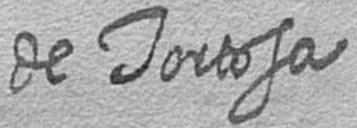
de Tortosa